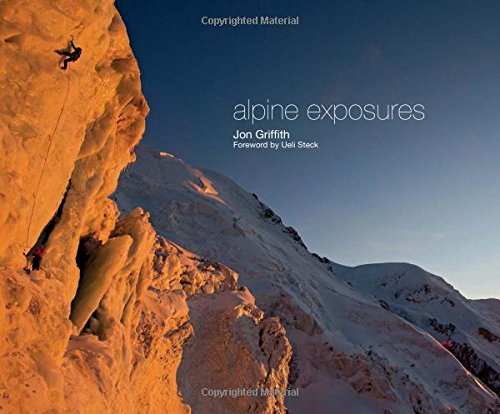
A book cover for Alpine Exposures; Jon Griffith; Science & Math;